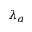
\lambda _ { a }